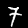
Label: 7